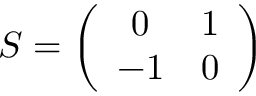
S = \left( \begin{array} { c c } { { 0 } } & { { 1 } } \\ { { - 1 } } & { { 0 } } \end{array} \right)